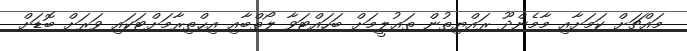
މައްޗަށް ކަމަށާއި މާމެންދޫ ރައްޔިތުން ތަޢުލީމަށް ބަހައްޓަވާ ލޯތްބާއި އިޙްތިރާމަށްޓަކައި ވަރަށް ބޮޑަށް